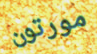
مورتون